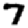
Digit: 7